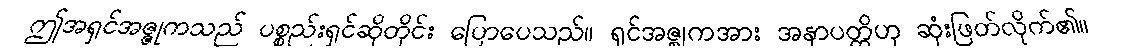
ဤအရှင်အဇ္ဇုကသည် ပစ္စည်းရှင်ဆိုတိုင်း ပြောပေသည်။ ရှင်အဇ္ဈကအား အနာပတ္တိဟု ဆုံးဖြတ်လိုက်၏။